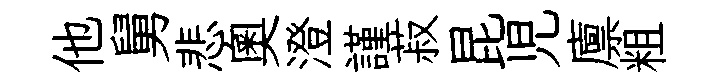
他舅悲奧澄謹菽昆児廪粗